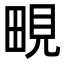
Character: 𪽔